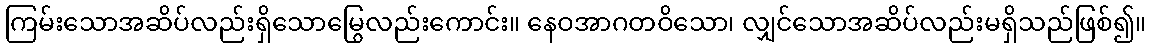
ကြမ်းသောအဆိပ်လည်းရှိသောမြွေလည်းကောင်း။ နေဝအာဂတဝိသော၊ လျှင်သောအဆိပ်လည်းမရှိသည်ဖြစ်၍။